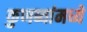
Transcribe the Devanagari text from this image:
कुणब्यांमध्ये